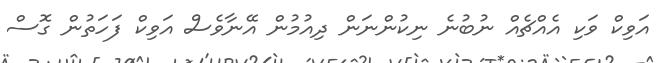
އަވިކް ވަކި އެއްޗެއް ނުބުނެ ނިކުންނަން ދިއުމުން އޭނާވެސް އަވިކް ފަހަތުން ގޮސް